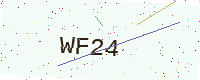
Text: WF24